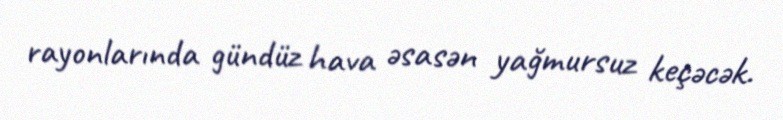
rayonlarında gündüz hava əsasən yağmursuz keçəcək.